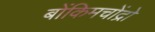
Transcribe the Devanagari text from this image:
बोंकिमचोंद्रो